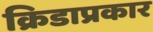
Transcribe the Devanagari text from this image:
क्रिडाप्रकार